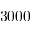
3 0 0 0